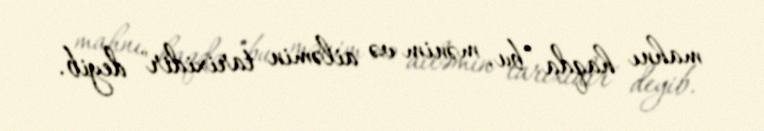
mahnı haqda "bu, mənim və ailəmin tarixidir" deyib.